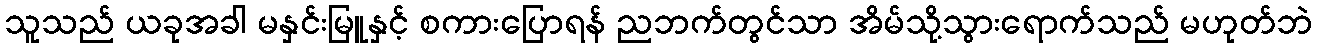
သူသည် ယခုအခါ မနှင်းမြူနှင့် စကားပြောရန် ညဘက်တွင်သာ အိမ်သို့သွားရောက်သည် မဟုတ်ဘဲ